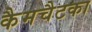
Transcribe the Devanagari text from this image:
कैमचैटका